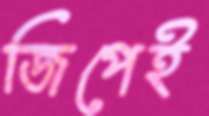
জিপেই